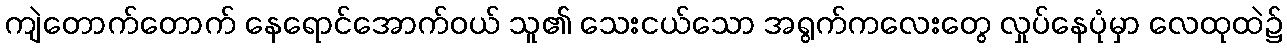
ကျဲတောက်တောက် နေရောင်အောက်ဝယ် သူ၏ သေးငယ်သော အရွက်ကလေးတွေ လှုပ်နေပုံမှာ လေထုထဲ၌